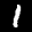
Label: 1